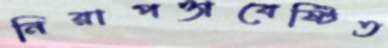
নিরাপত্তাবেষ্টিত